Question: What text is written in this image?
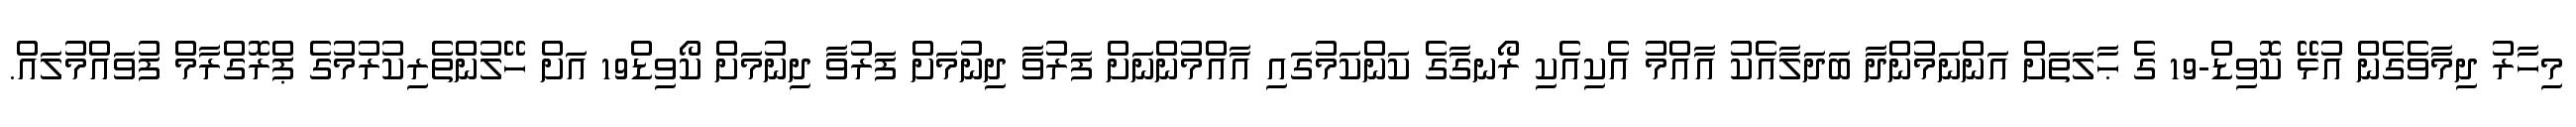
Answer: މިހާރު ދިމާވެގެން އުޅޭ ކޮވިޑް-19 ގެ ޙާލަތަށް އަންނަމުންދާ ބަދަލާއެކު އާއްމު އެކިއެކި ރޯނގާގެ ކަންކަމުގައި އާއްމުންނަށް ފަރުވާ ދިނުމަށް ފަރުވާ ދިނުމަށް ކޯވިޑް19 އަށް ހޭލުންތެރިކުރުމުގެ ޕްރޮގްރާމް ފުވައްމުލައް.